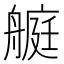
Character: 𦪅